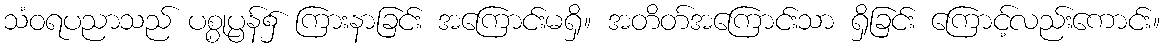
သံဝရပညာသည် ပစ္စုပ္ပန်၌ ကြားနာခြင်း အကြောင်းမရှိ။ အတိတ်အကြောင်းသာ ရှိခြင်း ကြောင့်လည်းကောင်း။